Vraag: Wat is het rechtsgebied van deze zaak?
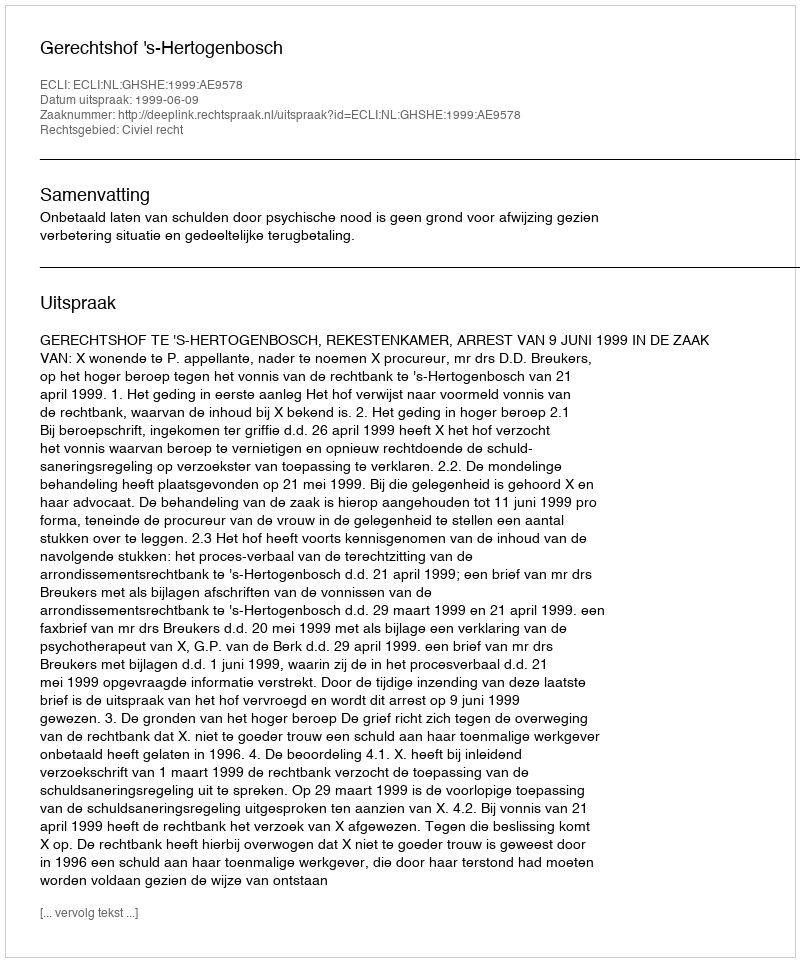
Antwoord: Civiel recht